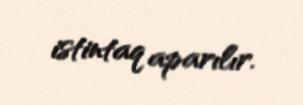
istintaq aparılır.